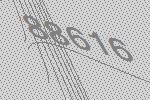
88616